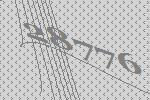
28776